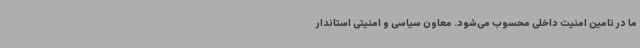
ما در تامین امنیت داخلی محسوب می‌شود. معاون سیاسی و امنیتی استاندار